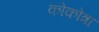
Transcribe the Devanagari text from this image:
कोकोत्रा